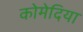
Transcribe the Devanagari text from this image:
कोमेदिया